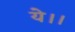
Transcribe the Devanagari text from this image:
ये।।